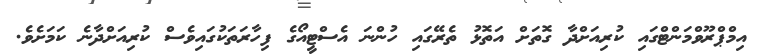
އިމްޕްރޫވްމަންޓްގައި ކުރިއަށްދާ ގޮތަށް އަތޮޅު ތެރޭގައި ހުންނަ އެސްޓީއޯގެ ފިހާރަތަކުގައިވެސް ކުރިއަށްދާނެ ކަަމަށެވެ.